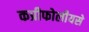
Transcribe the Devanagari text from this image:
कप्रीफोलीयसे